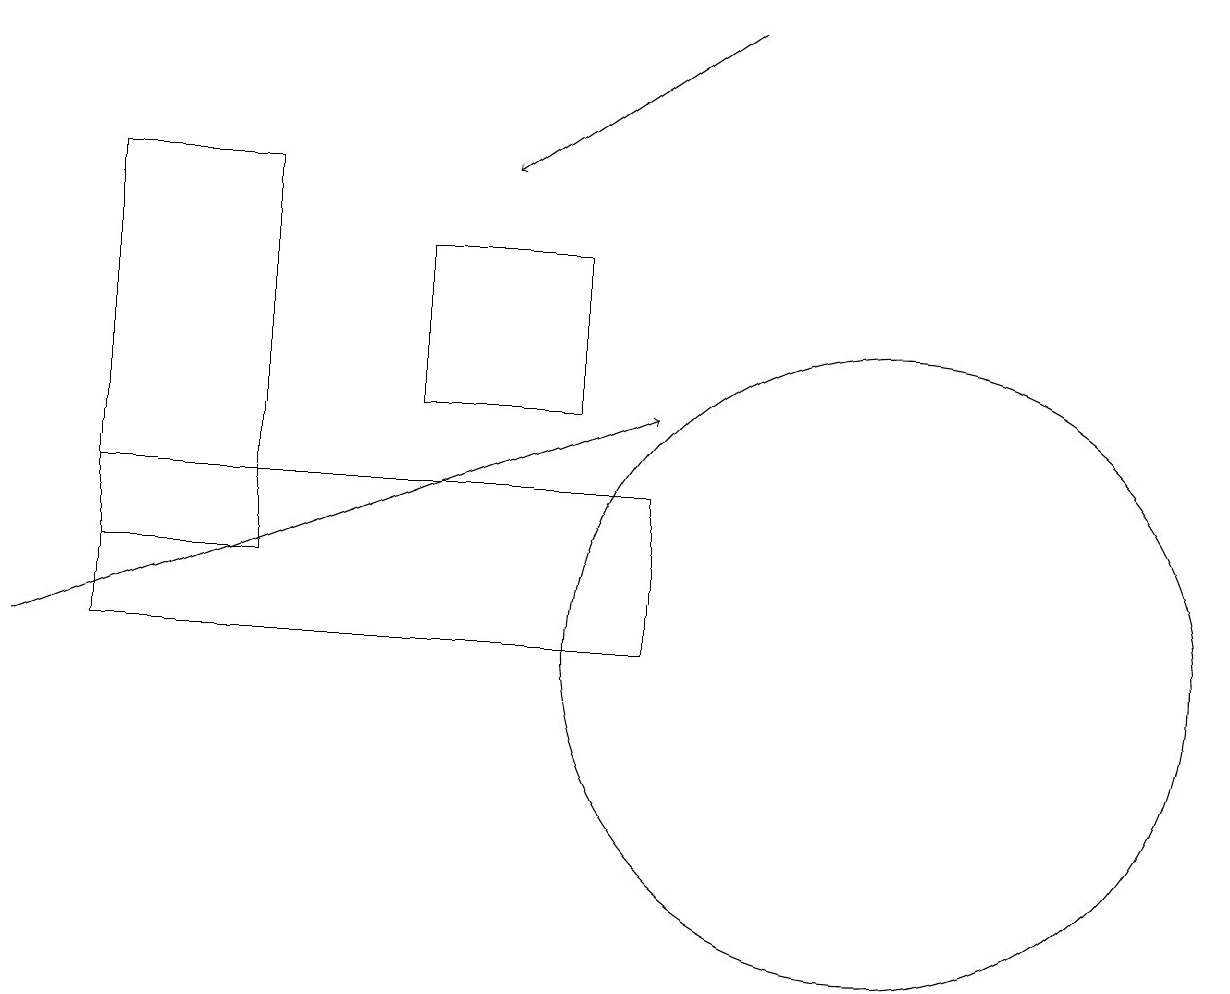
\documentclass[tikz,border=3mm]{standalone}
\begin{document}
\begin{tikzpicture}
\draw (1,10) rectangle (8,12);
\draw[->] (0,10) -- (8,13);
\draw (11,10) circle (4);
\draw (7,15) rectangle (5,13);
\draw (3,16) rectangle (1,11);
\draw[->] (9,18) -- (6,16);
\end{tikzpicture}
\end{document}